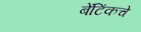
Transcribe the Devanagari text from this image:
बेंटिंकचे